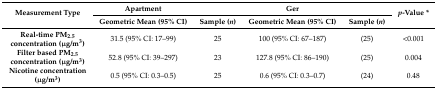
<table><thead><tr><td rowspan="2"><b>Measurement Type</b></td><td><b>Apartment</b></td><td></td><td><b>Ger</b></td><td></td><td rowspan="2"><b><i>p</i>-Value *</b></td></tr><tr><td><b>Geometric Mean (95% CI)</b></td><td><b>Sample (<i>n</i>)</b></td><td><b>Geometric Mean (95% CI)</b></td><td><b>Sample (<i>n</i>)</b></td></tr></thead><tbody><tr><td><b>Real-time PM<sub>2.5</sub> concentration (μg/m<sup>3</sup>)</b></td><td>31.5 (95% CI: 17–99)</td><td>25</td><td>100 (95% CI: 67–187)</td><td>(25)</td><td>&lt;0.001</td></tr><tr><td><b>Filter based PM<sub>2.5</sub> concentration (μg/m<sup>3</sup>)</b></td><td>52.8 (95% CI: 39–297)</td><td>23</td><td>127.8 (95% CI: 86–190)</td><td>(25)</td><td>0.004</td></tr><tr><td><b>Nicotine concentration (μg/m<sup>3</sup>)</b></td><td>0.5 (95% CI: 0.3–0.5)</td><td>25</td><td>0.6 (95% CI: 0.3–0.7)</td><td>(24)</td><td>0.48</td></tr></tbody></table>